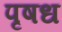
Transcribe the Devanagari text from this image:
पृषध